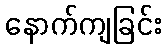
နောက်ကျခြင်း